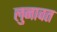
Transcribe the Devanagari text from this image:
लुनावत